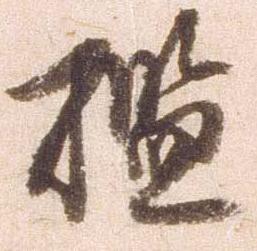
檻